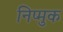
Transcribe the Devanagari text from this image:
निप्मुक